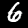
Label: 6